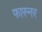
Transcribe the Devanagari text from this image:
फास्नर